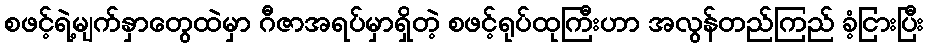
စဖင့်ရဲ့မျက်နှာတွေထဲမှာ ဂီဇာအရပ်မှာရှိတဲ့ စဖင့်ရုပ်ထုကြီးဟာ အလွန်တည်ကြည် ခံ့ငြားပြီး